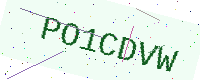
Text: PO1CDVW